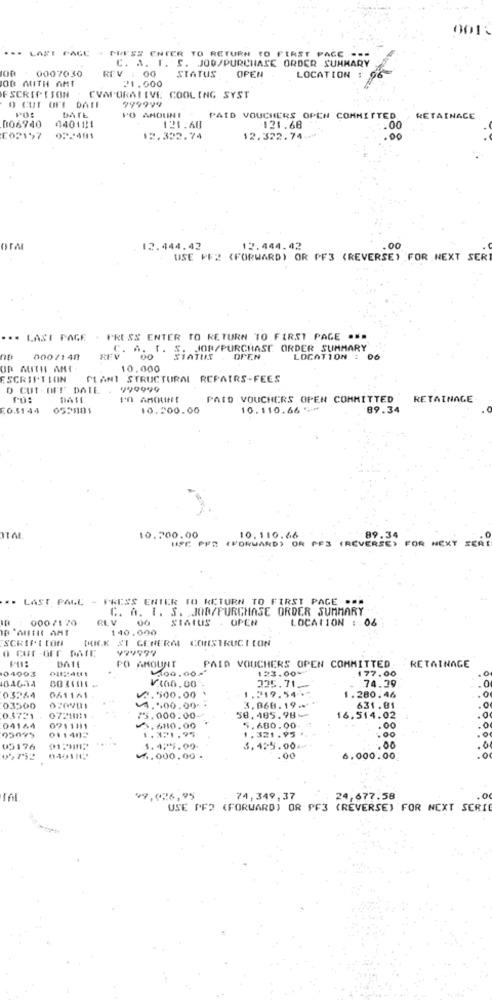
-. LAST PAGE
PRESS ENTER TO RETURN TO FIRST PAGE ---
C. A. I. S. JOD/PURCHASE ORDER SUMMARY
100
0007030
REV : 00
STATUS
OD MITH AMT
OPEN
LOCATION !
21.600
FSCRIPTSON
O CUT OFI DATE
CVAPORATIVE COOLING SYST
999999
DATE
PO AMOUNE
PAID VOUCHERS OPEN COMMITTED.
RETAINACE
006740
040111
121.60
121.68
.. 00
C02197
0:2481
12.322.74
12.322.74
.00
OFA
12.444.42
12.444.42
.00
USE PF2 (FORWARD) OR PF3 (REVERSE) FOR NEXT SERI
.. LAST PAGE
PRESS ENTER TO RETURN TO FIRST PAGE ...
REV. ". T. S. JOR/PURCHASE ORDER SUMMARY
000/140
. OPEN
LOCATION : 06
OR MITH AMI
10.000
ESCRIPTION
PLANT STRUCTURAL REPAIRS-FEES
D CUT -OFF DATE . '
999999
PO:
DATE:
PAID VOUCHERS OPEN COMMITTED
RETAINAGE
E0.3144
053101
10.200.00
10.110.66"if
89.34
10.200.00
USC PF2 (FORWARD) OR FFS (REVERSE) FOR NEXT SERE
10,110.66
89.34
.. LAST PALL - PRESS ENTER TO RETURN TO FIRST PAGE .-*
C. A. I. S. JOB/PURCHASE ORDER SUMMARY
000/170
RL V
00
STATUS
. OPEN
LOCATION : 08
140.000
SCRIPTCON
DEIK SI GENERA CONSTRUCTION
o cur -orr DATE
999997
DATE
PAID VOUCHERS OPEN COMMITTED
04003
PO AMOUNT
123.00%
77.00
RETAINAGE
.0
84634
V100.00
74.39
.0
12.500.00
1.219.54-
03264
061161
1.280.46
.O
03500
4.500.00-
58,485.98
3.060. 19 ..
631.01
.O
0.5721
072881
75.000.00-
16.514.02
04164
05095
071111
011403
1. 321.95
1.680.00
5.680.00
1.321.95
.00
.00
.0
05176
1.424.00.
3.425.001
.00
.0
05752
1.000.00
6,000.00
.0
49,926,95
74,349,37
24.677.58
USE PFO (FORWARD) OR PF3 (REVERSE) FOR NEXT SERIE